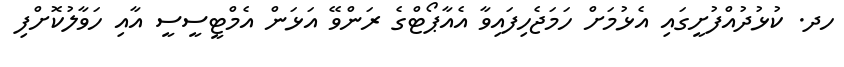
ހދ. ކުޅުދުއްފުށީގައި އެޅުމަށް ހަމަޖެހިފައިވާ އެއާޕޯޓްގެ ރަންވޭ އަޅަން އެމްޓީސީސީ އާއި ހަވާލުކޮށްފި